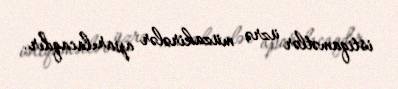
istiqamətlər üzrə müzakirələr aparılacaqdır.